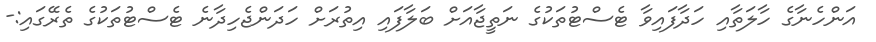
އަންހެނާގެ ހާލަތާއި ހަދާފައިވާ ޓެސްޓުތަކުގެ ނަތީޖާއަށް ބަލާފައި އިތުރަށް ހަދަންޖެހިދާނެ ޓެސްޓުތަކުގެ ތެރޭގައި:-